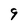
Character: 9